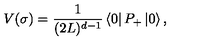
V ( \sigma ) = { \frac { 1 } { ( 2 L ) ^ { d - 1 } } } \left\langle 0 \right\vert P _ { + } \left\vert 0 \right\rangle ,